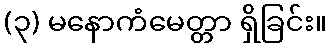
(၃) မနောကံမေတ္တာ ရှိခြင်း။